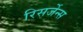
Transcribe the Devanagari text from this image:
रिसर्जेन्स